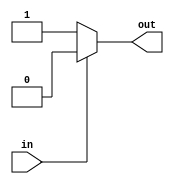
`timescale 1ns / 1ps
module complement_1_bit(in,out);
input in;
output out;
reg out;
always @(in)begin
if(in == 1'b1)
begin
    out = 1'b0;
end
else 
begin
    out = 1'b1;
end
end
endmodule